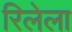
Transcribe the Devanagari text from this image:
रिलेला